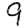
Digit: 9